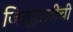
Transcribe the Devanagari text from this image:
जिव्हाळीची